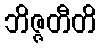
ဘိဇ္ဇတီတိ